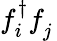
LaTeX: f_{i}^{{\dagger}}f_{j}^{\phantom{\dagger}}